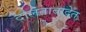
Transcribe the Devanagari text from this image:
दौलताबादेत